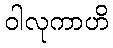
ဝါလုကာဟိ